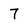
Character: 7